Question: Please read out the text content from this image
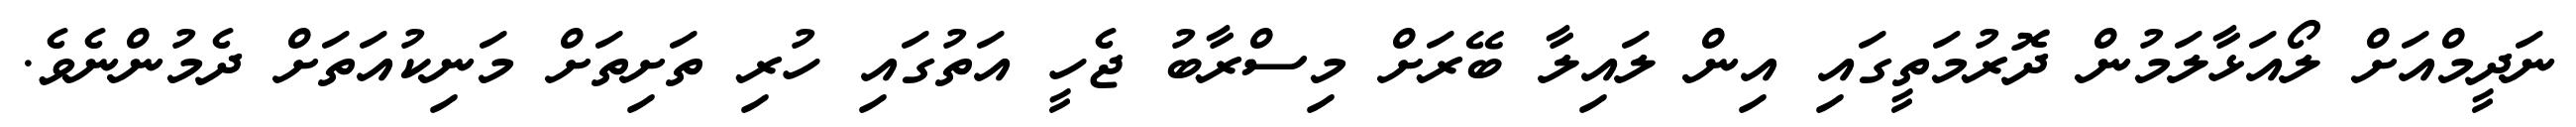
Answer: ނަދީމްއަށް ލޯއަޅާލަމުން ދޮރުމަތީގައި އިން ލައިލާ ބޭރަށް މިސްރާބު ޖެހީ އަތުގައި ހުރި ތަށިތަށް މަނިކުއަތަށް ދެމުންނެވެ.